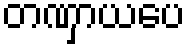
တဏှာယပေ